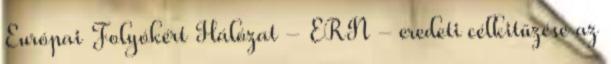
Európai Folyókért Hálózat - ERN - eredeti célkitűzése az